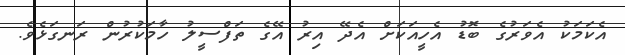
އެކަމަކު އެވަރުގެ ބޮޑު އެހީއަކަށް އެދޭ އިރު އޭގެ ތަފްސީލު ހާމަކުރުން ރަނގަޅެވެ.